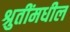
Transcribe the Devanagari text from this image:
श्रुतींमधील